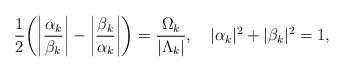
LaTeX: \begin{align*}\frac{1}{2}\bigg( \bigg|\frac{\alpha_{{k}}}{\beta_{{k}}}\bigg| - \bigg|\frac{\beta_{{k}}}{\alpha_{{k}}}\bigg| \bigg) = \frac{\Omega_{{k}}}{|\Lambda_{{k}}|},\quad |\alpha_{{k}}|^{2}+|\beta_{{k}}|^{2} = 1,\end{align*}